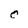
Character: C